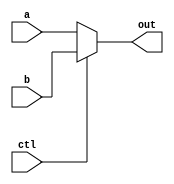
module MUX1 (a, b, ctl, out);

    input [31:0] a;
    input [31:0] b;
    input ctl;
    output [31:0] out;

    assign out = ctl ? b : a;

endmodule